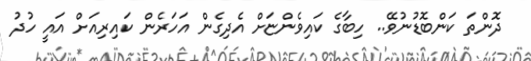
ދޮންތަ ކަންބޮޑުނުވޭ.. ހިބާގެ ކައިވެންޏަށް އެދިގެން އަހަރެން ކައިރިއަށް އައީ ހުދު